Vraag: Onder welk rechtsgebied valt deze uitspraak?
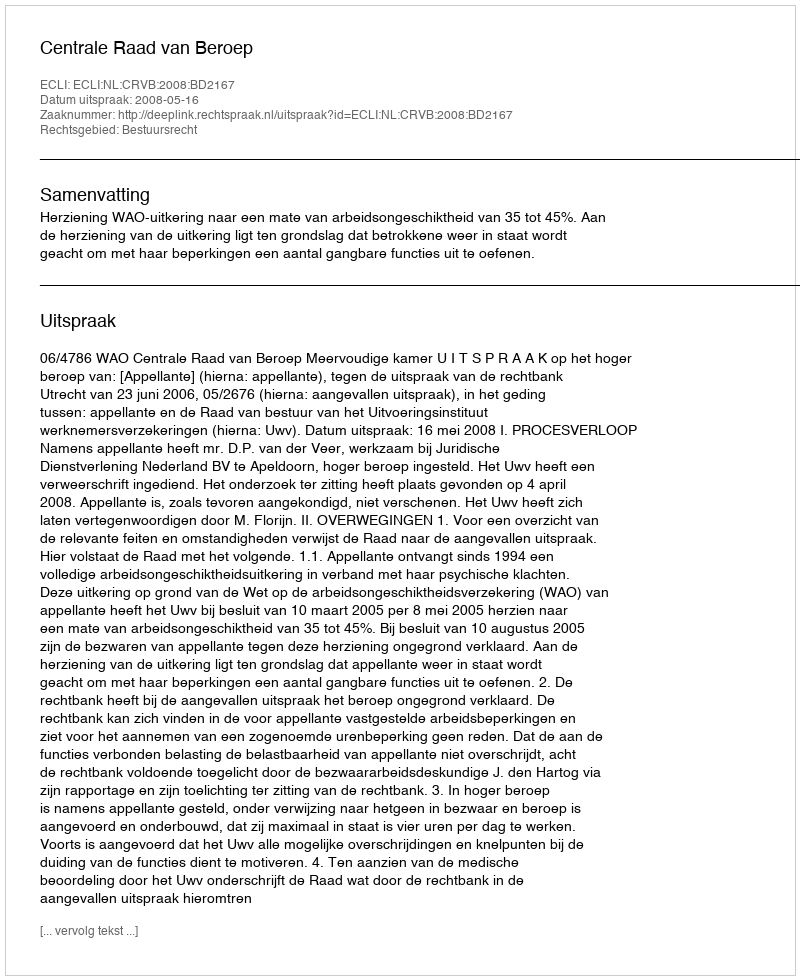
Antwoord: Bestuursrecht